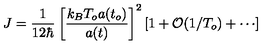
J = \frac { 1 } { 1 2 \hbar } \left[ \frac { k _ { B } T _ { o } a ( t _ { o } ) } { a ( t ) } \right] ^ { 2 } \left[ 1 + { \cal { O } } ( 1 / T _ { o } ) + \cdots \right]